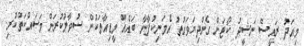
މިއަދު ރައީސް ނަޝީދު ކޯޓަށް ގެންދިޔަވަގުތު އެމަނިކުފާނާ ބައެއް މީޑިއާތަކުން ސުވާލުކުރަން މަސައްކަތްކުރި.